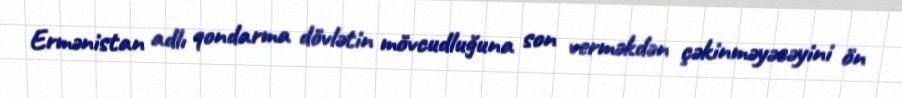
Ermənistan adlı qondarma dövlətin mövcudluğuna son verməkdən çəkinməyəcəyini ön